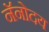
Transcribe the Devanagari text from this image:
नॅनोदय